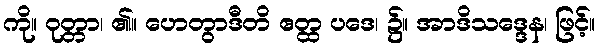
ကို။ ဝုတ္တာ၊ ၏။ ဟေတွာဒီတိ ဧတ္ထ ပဒေ၊ ၌။ အာဒိသဒ္ဒေန၊ ဖြင့်။